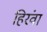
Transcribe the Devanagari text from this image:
हिरंवा